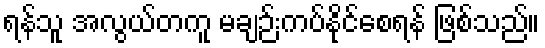
ရန်သူ အလွယ်တကူ မချဉ်းကပ်နိုင်စေရန် ဖြစ်သည်။